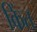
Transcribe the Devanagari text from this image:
किंत